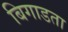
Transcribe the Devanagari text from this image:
बिगाडता